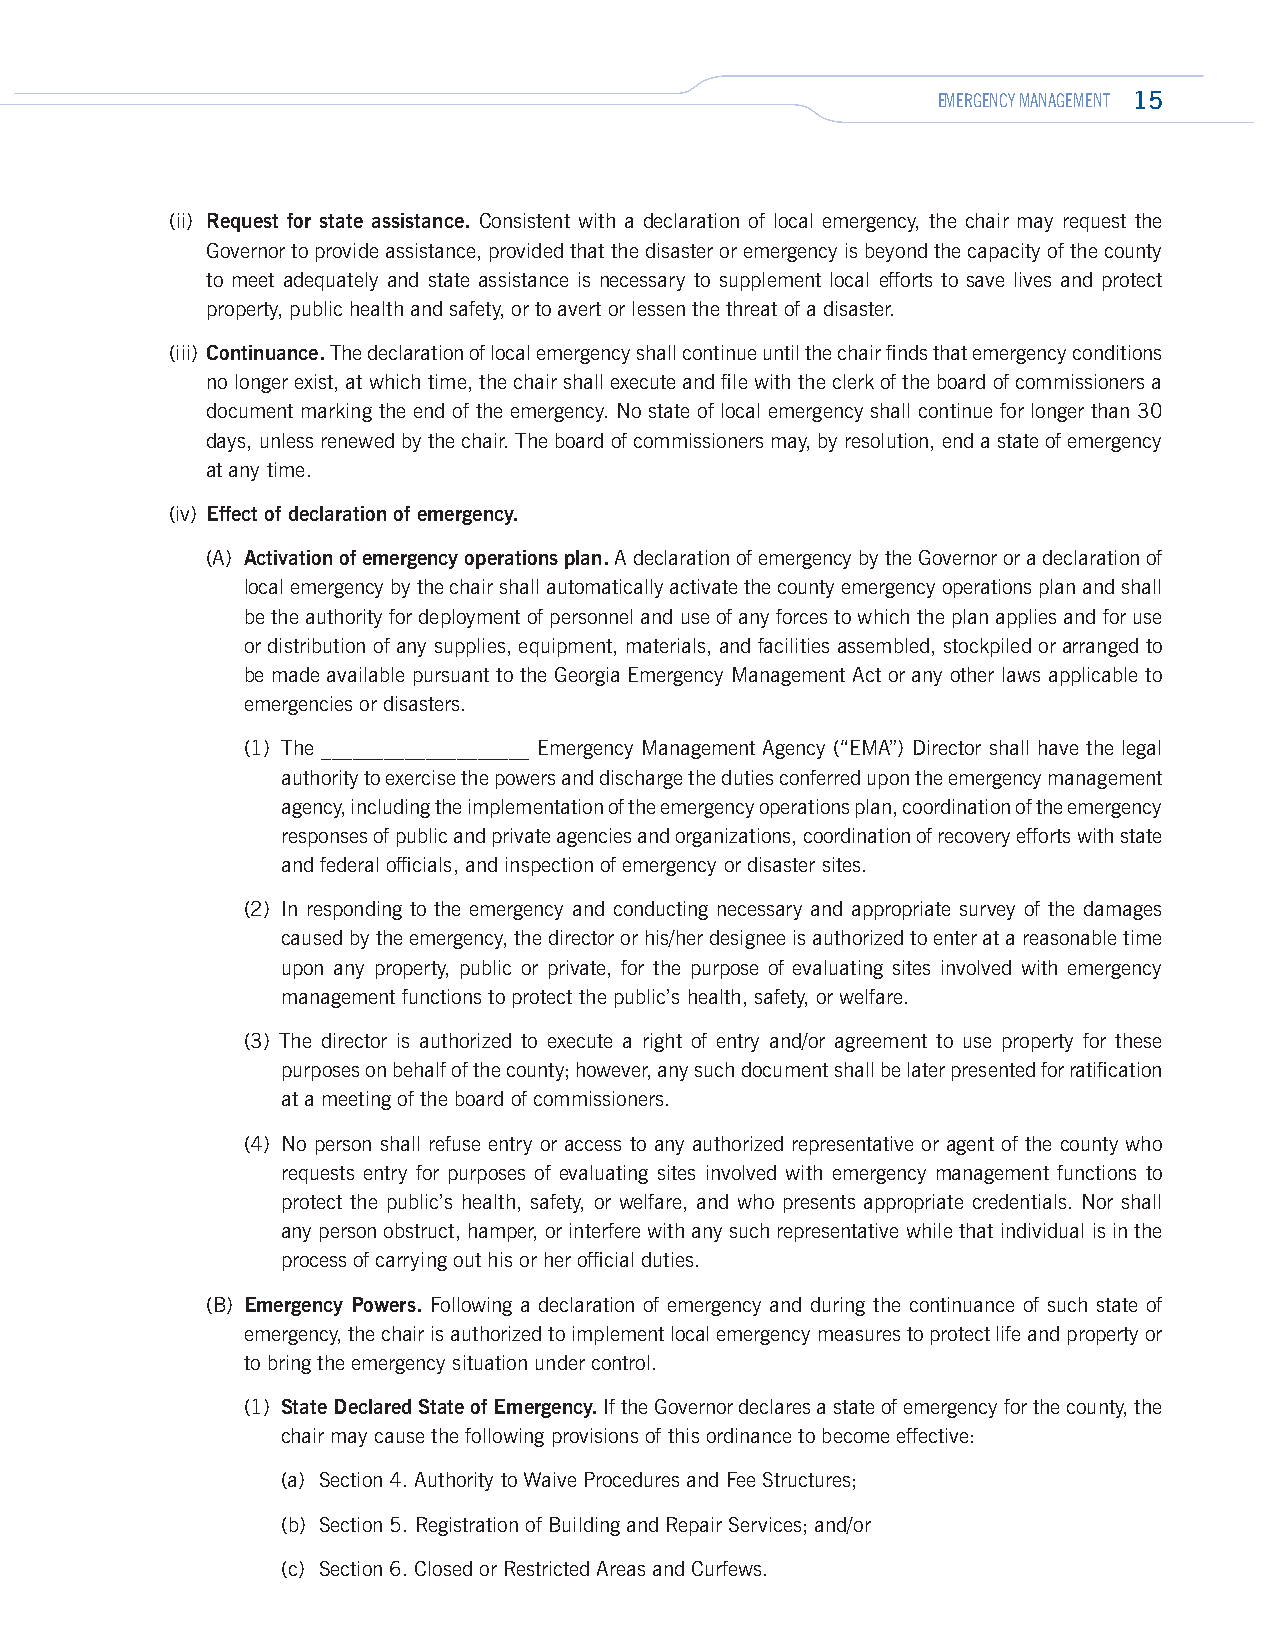
EMERGENCY MANAGEMENT 15
 (ii) Request for state assistance. Consistent with a declaration of local emergency, the chair may request the
 Governor to provide assistance, provided that the disaster or emergency is beyond the capacity of the county
 to meet adequately and state assistance is necessary to supplement local efforts to save lives and protect
 property, public health and safety, or to avert or lessen the threat of a disaster.
 (iii) Continuance. The declaration of local emergency shall continue until the chair finds that emergency conditions
 no longer exist, at which time, the chair shall execute and file with the clerk of the board of commissioners a
 document marking the end of the emergency. No state of local emergency shall continue for longer than 30
 days, unless renewed by the chair. The board of commissioners may, by resolution, end a state of emergency
 at any time.
 (iv) Effect of declaration of emergency.
 (A) Activation of emergency operations plan. A declaration of emergency by the Governor or a declaration of
 local emergency by the chair shall automatically activate the county emergency operations plan and shall
 be the authority for deployment of personnel and use of any forces to which the plan applies and for use
 or distribution of any supplies, equipment, materials, and facilities assembled, stockpiled or arranged to
 be made available pursuant to the Georgia Emergency Management Act or any other laws applicable to
 emergencies or disasters.
 (1) The ____________________ Emergency Management Agency (“EMA”) Director shall have the legal
 authority to exercise the powers and discharge the duties conferred upon the emergency management
 agency, including the implementation of the emergency operations plan, coordination of the emergency
 responses of public and private agencies and organizations, coordination of recovery efforts with state
 and federal officials, and inspection of emergency or disaster sites.
 (2) In responding to the emergency and conducting necessary and appropriate survey of the damages
 caused by the emergency, the director or his/her designee is authorized to enter at a reasonable time
 upon any property, public or private, for the purpose of evaluating sites involved with emergency
 management functions to protect the public’s health, safety, or welfare.
 (3) The director is authorized to execute a right of entry and/or agreement to use property for these
 purposes on behalf of the county; however, any such document shall be later presented for ratification
 at a meeting of the board of commissioners.
 (4) No person shall refuse entry or access to any authorized representative or agent of the county who
 requests entry for purposes of evaluating sites involved with emergency management functions to
 protect the public’s health, safety, or welfare, and who presents appropriate credentials. Nor shall
 any person obstruct, hamper, or interfere with any such representative while that individual is in the
 process of carrying out his or her official duties.
 (B) Emergency Powers. Following a declaration of emergency and during the continuance of such state of
 emergency, the chair is authorized to implement local emergency measures to protect life and property or
 to bring the emergency situation under control.
 (1) State Declared State of Emergency. If the Governor declares a state of emergency for the county, the
 chair may cause the following provisions of this ordinance to become effective:
 (a) Section 4. Authority to Waive Procedures and Fee Structures;
 (b) Section 5. Registration of Building and Repair Services; and/or
 (c) Section 6. Closed or Restricted Areas and Curfews.